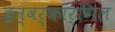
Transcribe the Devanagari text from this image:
इन्वर्कार्गिल